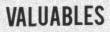
VALUABLES